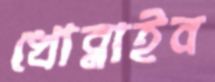
খোব্‌লাইব